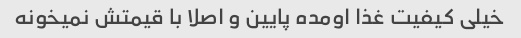
خیلی کیفیت غذا اومده پایین و اصلا با قیمتش نمیخونه